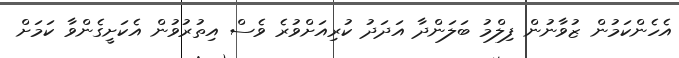
އެހެންކަމުން ޒުވާނުން ފިލްމު ބަލަންދާ އަދަދު ކުރިއަށްވުރެ ވެސް އިތުރުވުން އެކަށީގެންވާ ކަމަށް